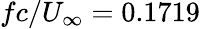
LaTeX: fc/U_{\infty}=0.1719